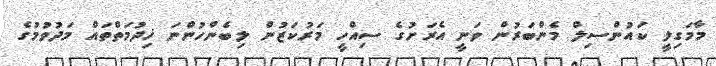
މާމަގިލީ ކައުންސިލް މެންބަރުން ވަނީ އެރަށުގެ ސިއްހީ މަރުކަޒުން ލިބެންހުންނަ ޚިދުމަތްތައް މަދުވުމުގެ